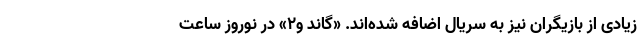
زیادی از بازیگران نیز به سریال اضافه شده‌اند. «گاند و۲» در نوروز ساعت